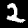
Digit: 2